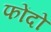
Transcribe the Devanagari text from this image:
फोंदो